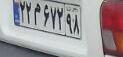
۲۲م۶۷۲۹۸